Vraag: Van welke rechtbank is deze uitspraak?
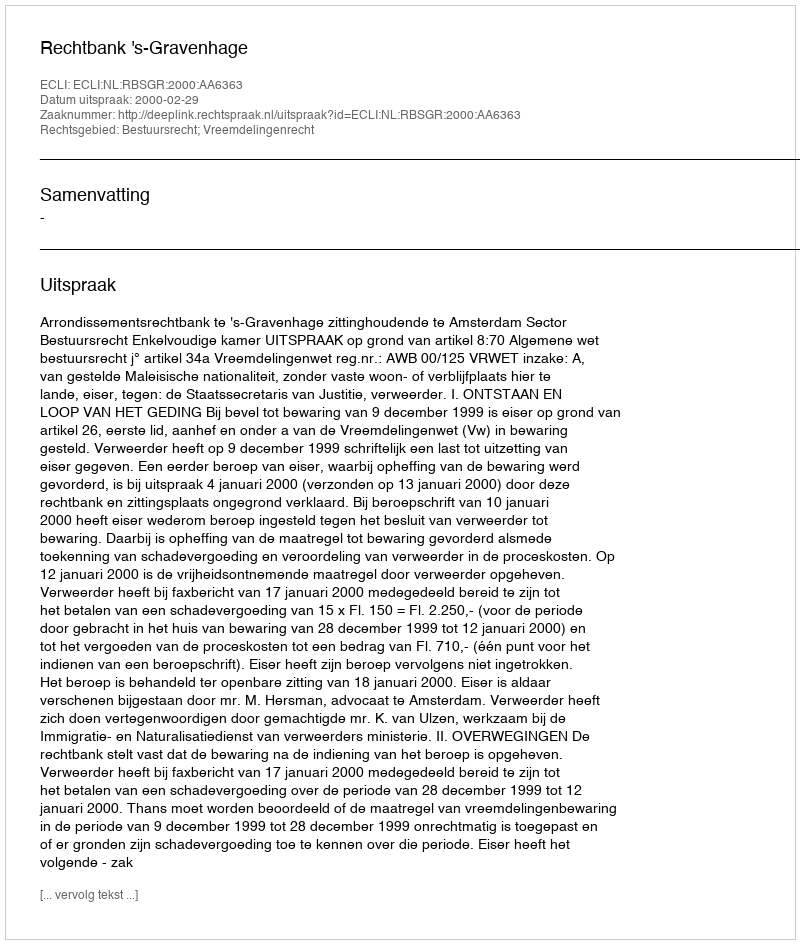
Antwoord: Rechtbank 's-Gravenhage